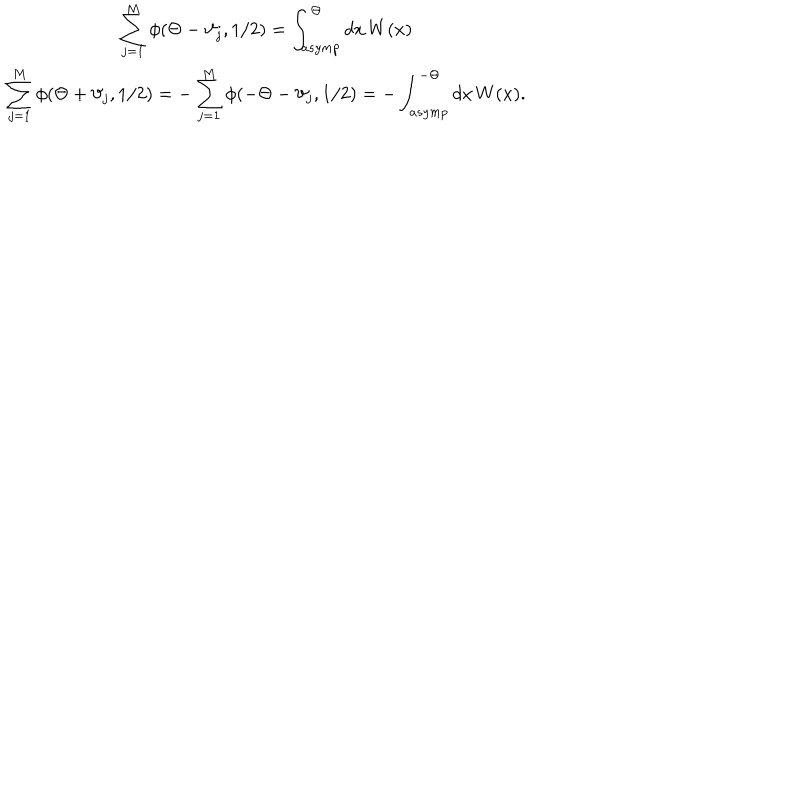
LaTeX: \begin{array} { c } { { \displaystyle \displaystyle \sum _ { j = 1 } ^ { M } \phi ( \Theta - \vartheta _ { j } , 1 / 2 ) = \displaystyle \int _ { a s y m p } ^ { \Theta } d x \, W ( x ) } } \\ { { \displaystyle \sum _ { j = 1 } ^ { M } \phi ( \Theta + \vartheta _ { j } , 1 / 2 ) = - \displaystyle \sum _ { j = 1 } ^ { M } \phi ( - \Theta - \vartheta _ { j } , 1 / 2 ) = - \displaystyle \int _ { a s y m p } ^ { - \Theta } d x \, W ( x ) . } } \\ \end{array}